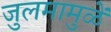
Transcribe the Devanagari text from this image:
जुलमामुळें